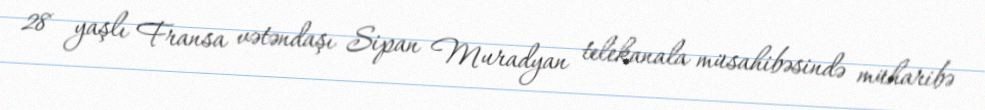
28 yaşlı Fransa vətəndaşı Sipan Muradyan telekanala müsahibəsində müharibə